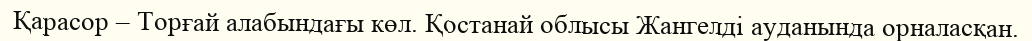
Қарасор – Торғай алабындағы көл. Қостанай облысы Жангелді ауданында орналасқан.